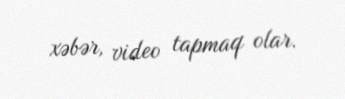
xəbər, video tapmaq olar.